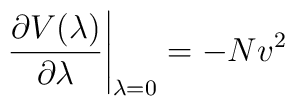
\left.\frac{\partial V(\lambda)}{\partial\lambda}\right|_{\lambda=0}=-Nv^2